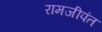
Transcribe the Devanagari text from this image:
रामजीपंत